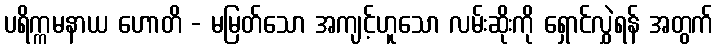
ပရိက္ကမနာယ ဟောတိ - မမြတ်သော အကျင့်ဟူသော လမ်းဆိုးကို ရှောင်လွှဲရန် အတွက်